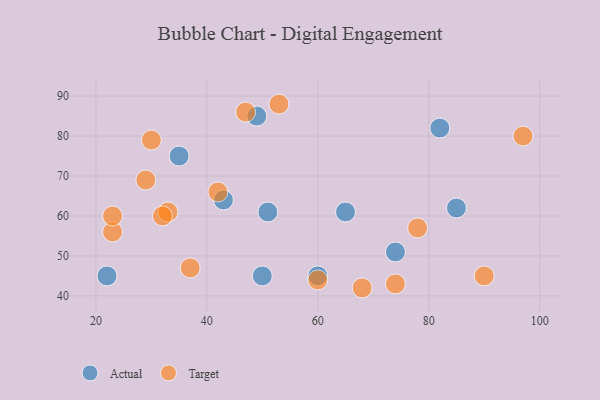
{"axis": {"x": "GDP", "y": "Life Expectancy"}, "legend": ["Actual", "Target"], "data": [{"x": "22", "y": 45, "type": "Actual"}, {"x": "51", "y": 61, "type": "Actual"}, {"x": "43", "y": 64, "type": "Actual"}, {"x": "74", "y": 51, "type": "Actual"}, {"x": "35", "y": 75, "type": "Actual"}, {"x": "50", "y": 45, "type": "Actual"}, {"x": "82", "y": 82, "type": "Actual"}, {"x": "60", "y": 45, "type": "Actual"}, {"x": "49", "y": 85, "type": "Actual"}, {"x": "85", "y": 62, "type": "Actual"}, {"x": "65", "y": 61, "type": "Actual"}, {"x": "60", "y": 44, "type": "Target"}, {"x": "23", "y": 56, "type": "Target"}, {"x": "78", "y": 57, "type": "Target"}, {"x": "33", "y": 61, "type": "Target"}, {"x": "97", "y": 80, "type": "Target"}, {"x": "42", "y": 66, "type": "Target"}, {"x": "30", "y": 79, "type": "Target"}, {"x": "68", "y": 42, "type": "Target"}, {"x": "90", "y": 45, "type": "Target"}, {"x": "53", "y": 88, "type": "Target"}, {"x": "29", "y": 69, "type": "Target"}, {"x": "47", "y": 86, "type": "Target"}, {"x": "32", "y": 60, "type": "Target"}, {"x": "74", "y": 43, "type": "Target"}, {"x": "37", "y": 47, "type": "Target"}, {"x": "23", "y": 60, "type": "Target"}]}